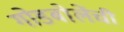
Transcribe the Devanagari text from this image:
गोडबोलेंची